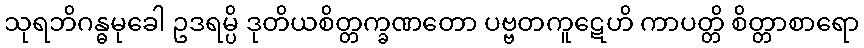
သုရဘိဂန္ဓမုခေါ ဥဒရမ္ပိ ဒုတိယစိတ္တက္ခဏတော ပဗ္ဗတကူဋေဟိ ကာပတ္တိ စိတ္တာစာရော